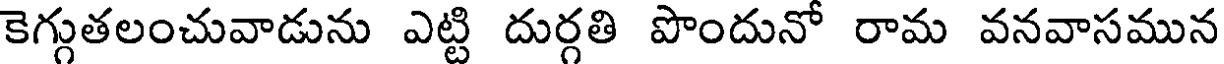
కెగ్గుతలంచువాడును ఎట్టి దుర్గతి పొందునో రామ వనవాసమున